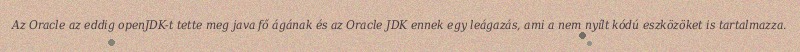
Az Oracle az eddig openJDK-t tette meg java fő ágának és az Oracle JDK ennek egy leágazás, ami a nem nyílt kódú eszközöket is tartalmazza.